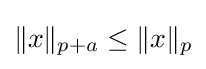
\|x\|_{p+a}\leq \|x\|_{p}